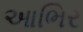
આભિર